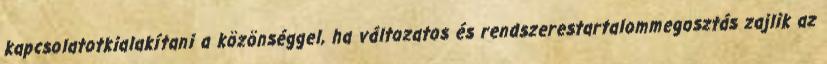
kapcsolatotkialakítani a közönséggel, ha változatos és rendszerestartalommegosztás zajlik az